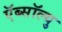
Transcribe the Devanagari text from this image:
ऍब्सॉल्यु